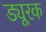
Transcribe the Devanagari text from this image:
ड्यूरक